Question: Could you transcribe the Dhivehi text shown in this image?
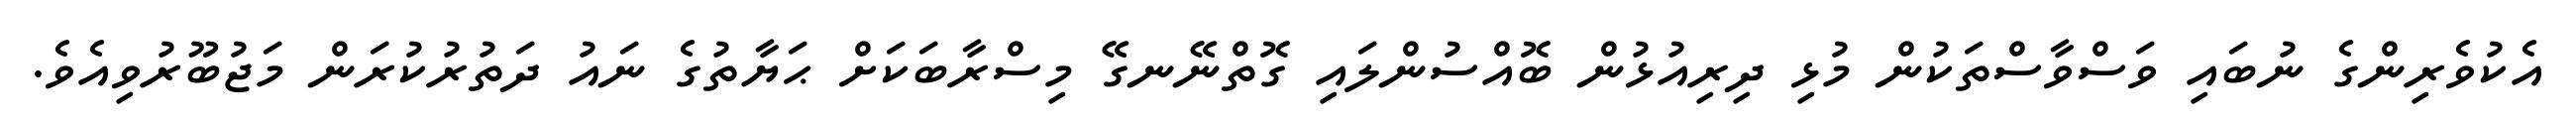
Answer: އެކުވެރިންގެ ނުބައި ވަސްވާސްތަކުން މުޅި ދިރިއުޅުން ބޮއްސުންލައި ގޮތްނޭނގޭ މިސްރާބަކަށް ޙަޔާތުގެ ނައު ދަތުރުކުރަން މަޖުބޫރުވިއެވެ.